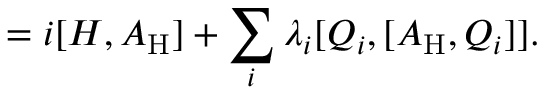
\mathrm { } = i [ H , A _ { \mathrm { H } } ] + \sum _ { i } ^ { } \lambda _ { i } [ Q _ { i } , [ A _ { \mathrm { H } } , Q _ { i } ] ] .